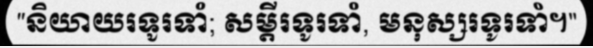
"និយាយរទូរទាំ; សម្តីរទូរទាំ, មនុស្សរទូរទាំ។"